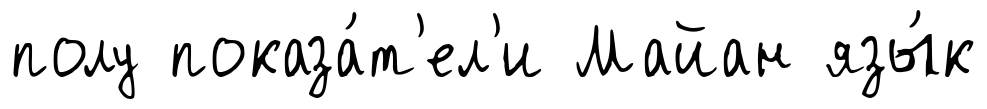
полу показа́т'ел'и Майан язы́к